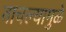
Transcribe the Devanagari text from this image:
वाचल्यामुळे